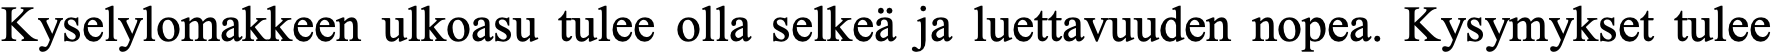
Kyselylomakkeen ulkoasu tulee olla selkeä ja luettavuuden nopea. Kysymykset tulee